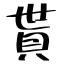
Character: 貰